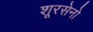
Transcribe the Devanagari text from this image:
शूरसेनो